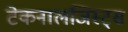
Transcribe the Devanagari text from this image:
टेकनालजिस्ट्‌स